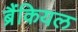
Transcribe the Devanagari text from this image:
ब्रैंकियल